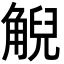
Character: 觬